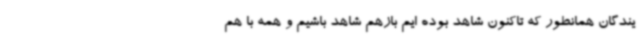
یندگان همانطور که تاکنون شاهد بوده ایم بازهم شاهد باشیم و همه با هم